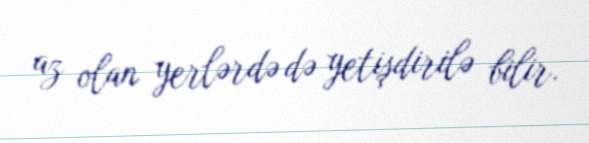
az olan yerlərdə də yetişdirilə bilir.